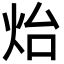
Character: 炲